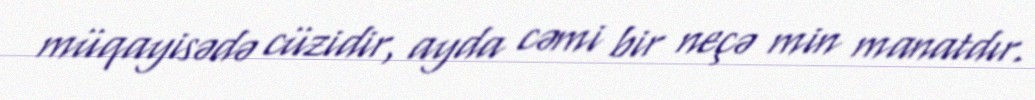
müqayisədə cüzidir, ayda cəmi bir neçə min manatdır.